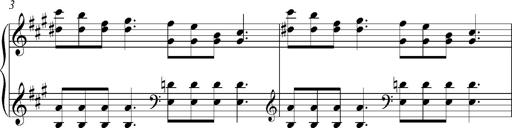
Title: PensÃ©es (Nocturne)
Composer: Franz Liszt
Key: A major